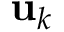
{ \bf u } _ { k }